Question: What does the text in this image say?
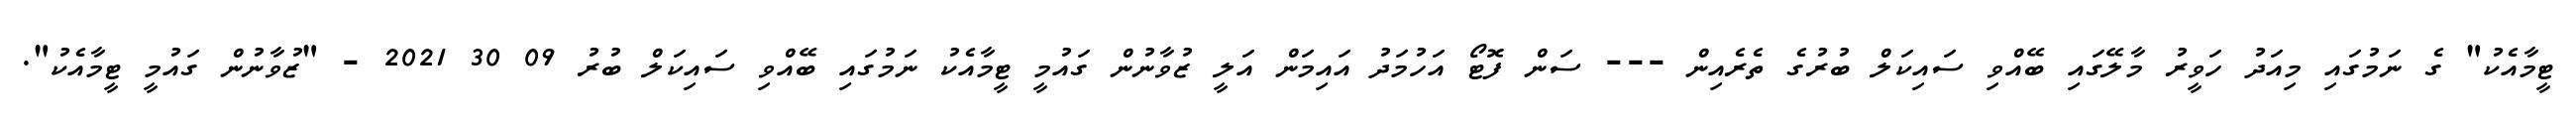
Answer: ޓީމާއެކު" ގެ ނަމުގައި މިއަދު ހަވީރު މާލޭގައި ބޭއްވި ސައިކަލް ބުރުގެ ތެރެއިން --- ސަން ފޮޓޯ އަހުމަދު އައިމަން އަލީ ޒުވާނުން ގައުމީ ޓީމާއެކު ނަމުގައި ބޭއްވި ސައިކަލް ބުރު 09 30 2021 - "ޒުވާނުން ގައުމީ ޓީމާއެކު".